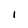
Character: 1